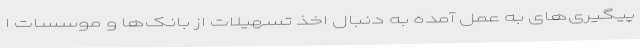
پیگیری‌های به عمل آمده به دنبال اخذ تسهیلات از بانک‌ها و موسسات ا